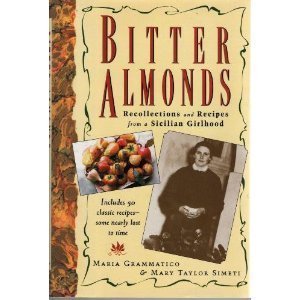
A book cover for Bitter Almonds: Recollections & Recipes from a Sicilian Girlhood; Maria Grammatico; Cookbooks, Food & Wine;